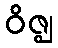
ဝိဇ္ဈ